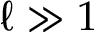
\ell \gg 1